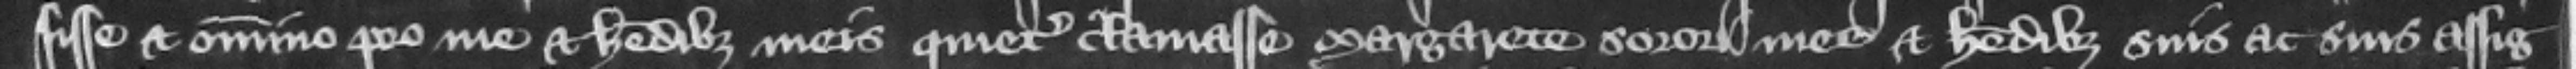
sisse et omnino pro me et heredibus meis quietum clamasse Margarete sorori mee et heredibus suis ac suis assig